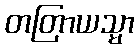
တတြာယသ္မာ